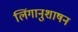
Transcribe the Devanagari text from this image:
लिंगानुशाषन